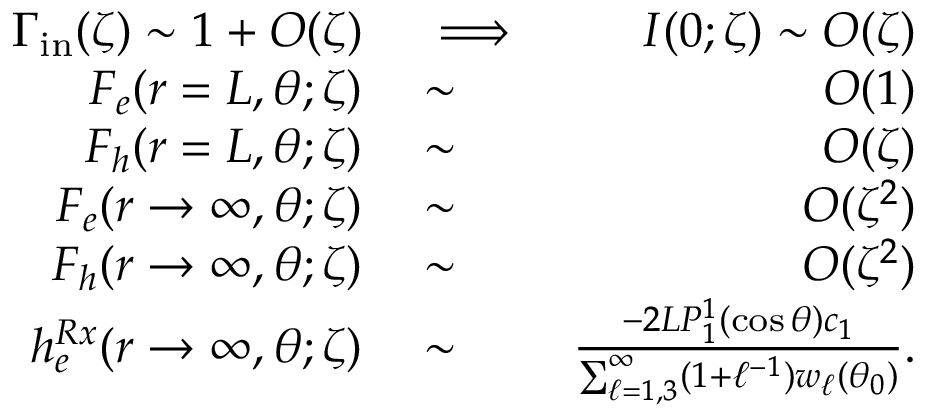
\begin{array} { r l r } { \Gamma _ { \mathrm { i n } } ( \zeta ) \sim 1 + O ( \zeta ) } & { { } \implies } & { I ( 0 ; \zeta ) \sim O ( \zeta ) } \\ { F _ { e } ( r = L , \theta ; \zeta ) } & { { } \sim } & { O ( 1 ) } \\ { F _ { h } ( r = L , \theta ; \zeta ) } & { { } \sim } & { O ( \zeta ) } \\ { F _ { e } ( r \to \infty , \theta ; \zeta ) } & { { } \sim } & { O ( \zeta ^ { 2 } ) } \\ { F _ { h } ( r \to \infty , \theta ; \zeta ) } & { { } \sim } & { O ( \zeta ^ { 2 } ) } \\ { h _ { e } ^ { R x } ( r \to \infty , \theta ; \zeta ) } & { { } \sim } & { \frac { - 2 L P _ { 1 } ^ { 1 } ( \cos \theta ) c _ { 1 } } { \sum _ { \ell = 1 , 3 } ^ { \infty } ( 1 + \ell ^ { - 1 } ) w _ { \ell } ( \theta _ { 0 } ) } . } \end{array}